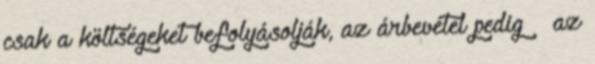
csak a költségeket befolyásolják, az árbevétel pedig – az